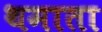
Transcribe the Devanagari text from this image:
थमाता